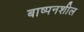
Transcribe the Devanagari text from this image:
बाष्पनशील